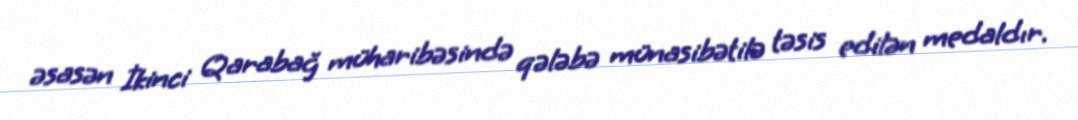
əsasən İkinci Qarabağ müharibəsində qələbə münasibətilə təsis edilən medaldır.